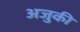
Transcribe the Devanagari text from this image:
अजुकी